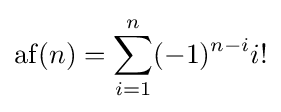
\operatorname {af} (n)=\sum _{i=1}^{n}(-1)^{n-i}i!